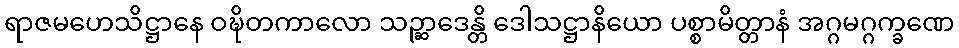
ရာဇမဟေသိဋ္ဌာနေ ဝဍ္ဎိတကာလော သဉ္ဆာဒေန္တိ ဒေါသဋ္ဌာနိယော ပစ္စာမိတ္တာနံ အဂ္ဂမဂ္ဂက္ခဏေ